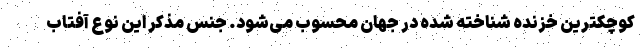
کوچکترین خزنده شناخته شده در جهان محسوب می‌شود. جنس مذکر این نوع آفتاب